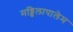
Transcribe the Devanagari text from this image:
मड्डिलापालेम